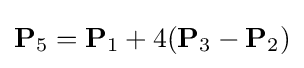
\mathbf {P} _{5}=\mathbf {P} _{1}+4(\mathbf {P} _{3}-\mathbf {P} _{2})